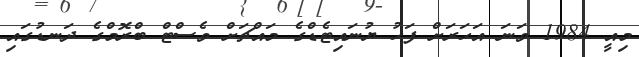
މިއީ 1984 ވަނަ އަހަރަށް ފަހު ޔުނައިޓެޑްގެ މައްޗަށް ވެސްޓް ބްރޮމްގެ ދަނޑުގައި